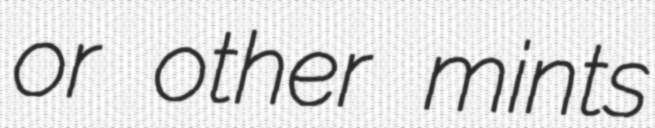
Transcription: or other mints